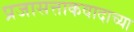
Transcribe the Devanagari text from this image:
प्रजासत्ताकवादाच्या